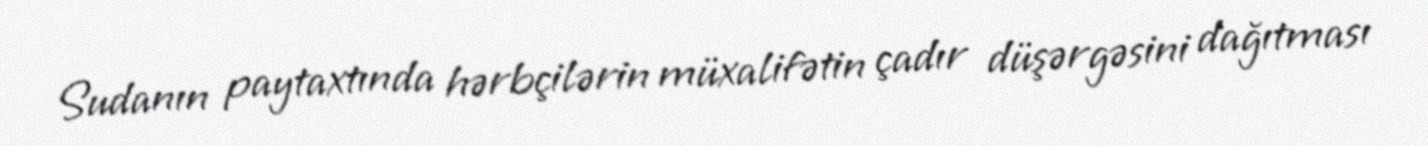
Sudanın paytaxtında hərbçilərin müxalifətin çadır düşərgəsini dağıtması